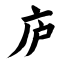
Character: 庐